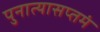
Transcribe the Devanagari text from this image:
पुनात्यासप्तमं